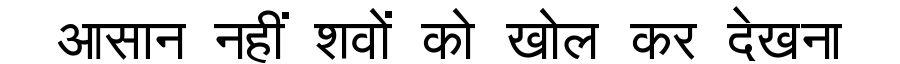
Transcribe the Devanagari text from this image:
आसान नहीं शवों को खोल कर देखना